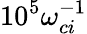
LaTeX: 10^{5}\omega_{ci}^{-1}